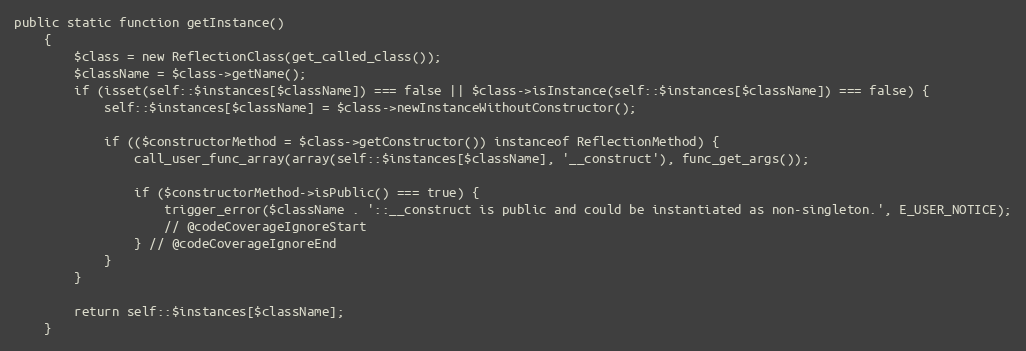
Language: PHP
public static function getInstance()
    {
        $class = new ReflectionClass(get_called_class());
        $className = $class->getName();
        if (isset(self::$instances[$className]) === false || $class->isInstance(self::$instances[$className]) === false) {
            self::$instances[$className] = $class->newInstanceWithoutConstructor();

            if (($constructorMethod = $class->getConstructor()) instanceof ReflectionMethod) {
                call_user_func_array(array(self::$instances[$className], '__construct'), func_get_args());

                if ($constructorMethod->isPublic() === true) {
                    trigger_error($className . '::__construct is public and could be instantiated as non-singleton.', E_USER_NOTICE);
                    // @codeCoverageIgnoreStart
                } // @codeCoverageIgnoreEnd
            }
        }

        return self::$instances[$className];
    }